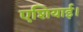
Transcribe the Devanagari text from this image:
एशियाई।